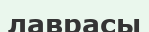
лаврасы